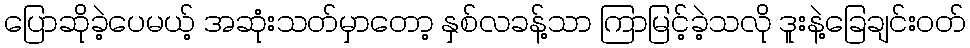
ပြောဆိုခဲ့ပေမယ့် အဆုံးသတ်မှာတော့ နှစ်လခန့်သာ ကြာမြင့်ခဲ့သလို ဒူးနဲ့ခြေချင်းဝတ်